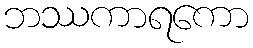
ဘဿကာရကော